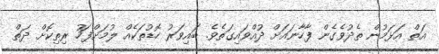
އަތް އަޅަމުން ތެދުވެގެން ފާހާނައަށް ދުއްވައިގަތެވެ. ބައިވަރު ހޮޑުތަކެއް ލުމަށްފަހު ރިތިކޮށް ދަތް